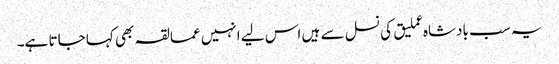
یہ سب بادشاہ عملیق کی نسل سے ہیں اس لیے انہیں عمالقہ بھی کہا جاتا ہے۔